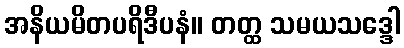
အနိယမိတပရိဒီပနံ။ တတ္ထ သမယသဒ္ဒေါ